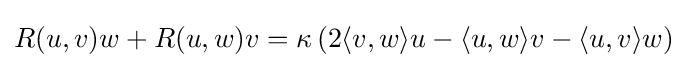
R(u,v)w+R(u,w)v=\kappa \left(2\langle v,w\rangle u-\langle u,w\rangle v-\langle u,v\rangle w\right)